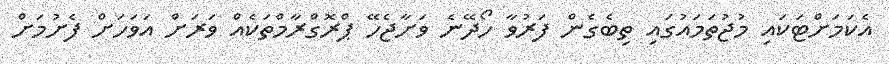
އެކަމަށްޓަކައި މުޖުތަމައުގައި ތިބެގެން ފަރުވާ ހޯދޭނެ ވަށާޖެހޭ ޕްރޮގްރާމްތަކެއް ވަރަށް އަވަހަށް ފެށުމަށް